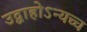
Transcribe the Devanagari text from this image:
उद्वाहोऽन्यच्च